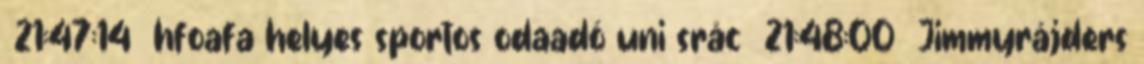
21:47:14 hfoafa helyes sportos odaadó uni srác 21:48:00 Jimmyrájders